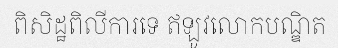
ពិសិដ្ឋពិលីការទេ ឥឡូវលោកបណ្ឌិត